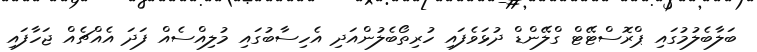
ބަލާބެލުމުގައި ޕްރޮސްޓޭޓް ގްލޭންޑް ދުޅަވެފައި ހުރިތޯބެލުންއަދި އެހިސާބުގައި މުލިއްސެއް ފަދަ އެއްޗެއް ޖަހާފައި